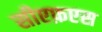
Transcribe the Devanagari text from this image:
सीएफ़एस